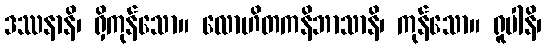
ဒဿနာနိ၊ ရှိကုန်သော။ လောဟိတကနိဘာသာနိ၊ ကုန်သော။ ရူပါနိ၊